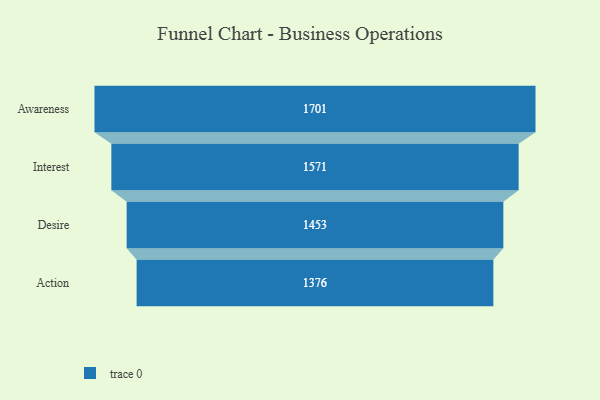
{"axis": {"x": "Stage", "y": "Value"}, "legend": [""], "data": [{"x": "Awareness", "y": 1701.0, "type": ""}, {"x": "Interest", "y": 1571.0, "type": ""}, {"x": "Desire", "y": 1453.0, "type": ""}, {"x": "Action", "y": 1376.0, "type": ""}]}